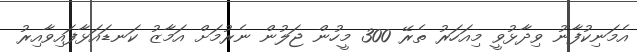
އެމަނިކުފާނު ވިދާޅުވީ މިއަހަރު ތެރޭ 300 މީހުން ޖަލުން ނެރުމަށް އަމާޒު ކަނޑައަޅާފައިވާއިރު